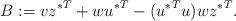
LaTeX: \begin{align*}B:=v{z^*}^T+w{u^*}^T-({u^*}^Tu)w{z^*}^T.\end{align*}